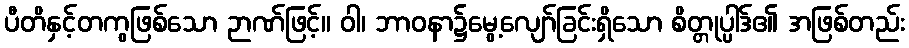
ပီတိနှင့်တကွဖြစ်သော ဉာဏ်ဖြင့်။ ဝါ၊ ဘာဝနာ၌မွေ့လျော်ခြင်းရှိသော စိတ္တုပ္ပါဒ်၏ အဖြစ်တည်း